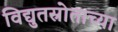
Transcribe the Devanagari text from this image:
विद्युतस्रोताच्या